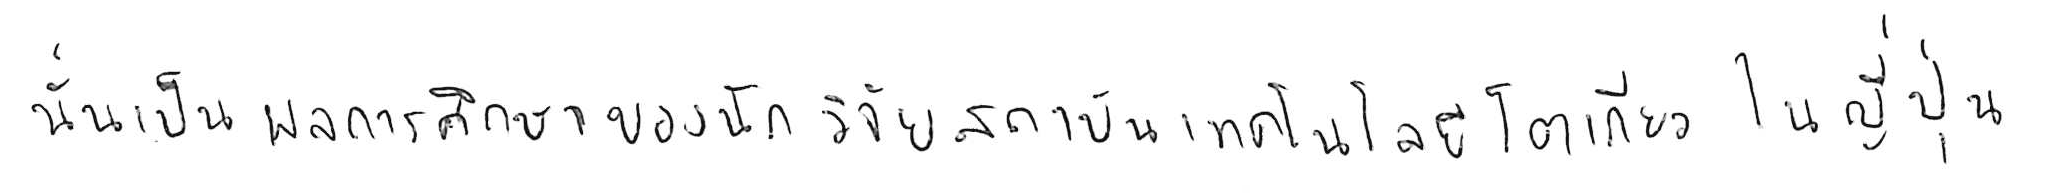
นั่นเป็นผลการศึกษาของนักวิจัยสถาบันเทคโนโลยีโตเกียว ในญี่ปุ่น